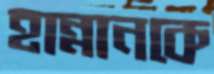
হান্নানকে